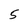
Character: 5